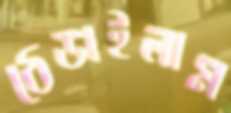
ঠেঙাইলাম